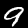
Label: 9